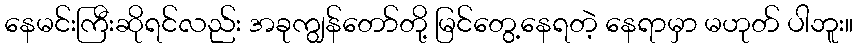
နေမင်းကြီးဆိုရင်လည်း အခုကျွန်တော်တို့ မြင်တွေ့နေရတဲ့ နေရာမှာ မဟုတ် ပါဘူး။